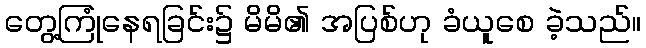
တွေ့ကြုံနေရခြင်း၌ မိမိ၏ အပြစ်ဟု ခံယူစေ ခဲ့သည်။